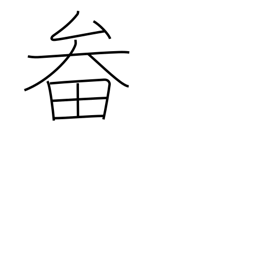
Meaning: basket